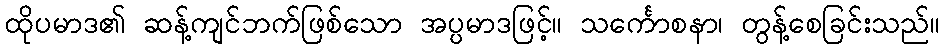
ထိုပမာဒ၏ ဆန့်ကျင်ဘက်ဖြစ်သော အပ္ပမာဒဖြင့်။ သင်္ကောစနာ၊ တွန့်စေခြင်းသည်။